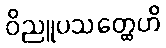
ဝိညူပသတ္ထေဟိ